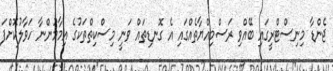
ޖެންޑާ މިނިސްޓްރީގައި ބޭއްވި ރަސްމިއްޔާތެއްގައި އެ ގޮނޑިތައް ވަނީ މިސްކިތްތަކުގެ އިމާމުންނާ ހަވާލުކޮށްފަ